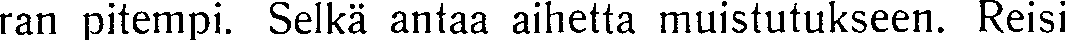
ran pitempi. Selkä antaa aihetta muistutukseen. Reisi